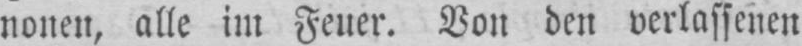
nonen, alle im Feuer. Von den verlassenen